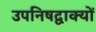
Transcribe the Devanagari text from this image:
उपनिषद्वाक्यों